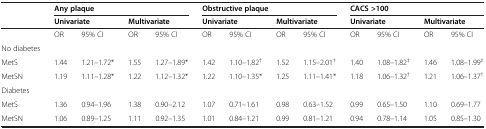
<table><thead><tr><td><b> </b></td><td colspan="4"><b>Any plaque</b></td><td colspan="4"><b>Obstructive plaque</b></td><td colspan="4"><b>CACS &gt;100</b></td></tr><tr><td><b> </b></td><td colspan="2"><b>Univariate</b></td><td colspan="2"><b>Multivariate</b></td><td colspan="2"><b>Univariate</b></td><td colspan="2"><b>Multivariate</b></td><td colspan="2"><b>Univariate</b></td><td colspan="2"><b>Multivariate</b></td></tr></thead><tbody><tr><td> </td><td>OR</td><td>95% CI</td><td>OR</td><td>95% CI</td><td>OR</td><td>95% CI</td><td>OR</td><td>95% CI</td><td>OR</td><td>95% CI</td><td>OR</td><td>95% CI</td></tr><tr><td>No diabetes</td><td> </td><td> </td><td> </td><td> </td><td> </td><td> </td><td> </td><td> </td><td> </td><td> </td><td> </td><td> </td></tr><tr><td>MetS</td><td>1.44</td><td>1.21–1.72*</td><td>1.55</td><td>1.27–1.89*</td><td>1.42</td><td>1.10–1.82<sup>†</sup></td><td>1.52</td><td>1.15–2.01<sup>†</sup></td><td>1.40</td><td>1.08–1.82<sup>‡</sup></td><td>1.46</td><td>1.08–1.99<sup>‡</sup></td></tr><tr><td>MetSN</td><td>1.19</td><td>1.11–1.28*</td><td>1.22</td><td>1.12–1.32*</td><td>1.22</td><td>1.10–1.35*</td><td>1.25</td><td>1.11–1.41*</td><td>1.18</td><td>1.06–1.32<sup>†</sup></td><td>1.21</td><td>1.06–1.37<sup>†</sup></td></tr><tr><td>Diabetes</td><td> </td><td> </td><td> </td><td> </td><td> </td><td> </td><td> </td><td> </td><td> </td><td> </td><td> </td><td> </td></tr><tr><td>MetS</td><td>1.36</td><td>0.94–1.96</td><td>1.38</td><td>0.90–2.12</td><td>1.07</td><td>0.71–1.61</td><td>0.98</td><td>0.63–1.52</td><td>0.99</td><td>0.65–1.50</td><td>1.10</td><td>0.69–1.77</td></tr><tr><td>MetSN</td><td>1.06</td><td>0.89–1.25</td><td>1.11</td><td>0.92–1.35</td><td>1.01</td><td>0.84–1.21</td><td>0.99</td><td>0.81–1.21</td><td>0.94</td><td>0.78–1.14</td><td>1.05</td><td>0.85–1.30</td></tr></tbody></table>